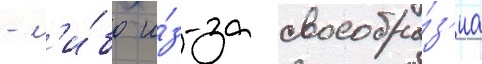
- л'и́бо и́з-за своеобра́з'иа